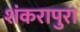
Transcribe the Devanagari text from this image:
शंकरापुरा